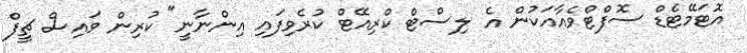
އޮޓަމޭޓެޑް ސޮފްޓްވެއާއަކުން އެ ލިސްޓް ކްރިއޭޓް ކުރެވިފައި އިންނާނީ" ކުރިން ވައިސް ޗީފް